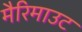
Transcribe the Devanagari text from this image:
मैरिमाउट